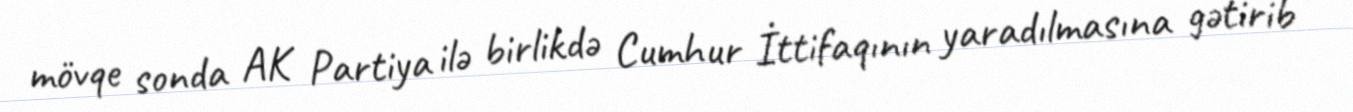
mövqe sonda AK Partiya ilə birlikdə Cumhur İttifaqının yaradılmasına gətirib